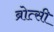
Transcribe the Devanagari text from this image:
ब्रोत्सी